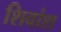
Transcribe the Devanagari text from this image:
शिवांश